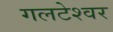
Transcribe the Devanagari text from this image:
गलटेश्वर